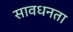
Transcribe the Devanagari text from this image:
सावधनता